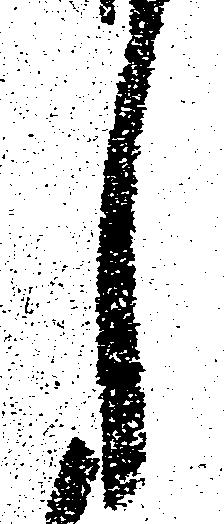
し